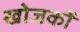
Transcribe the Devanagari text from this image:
खोजकों